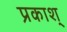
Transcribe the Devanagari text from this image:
प्रकाश्